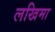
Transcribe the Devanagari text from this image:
लखिमा